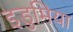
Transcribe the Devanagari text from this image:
इडुमिया